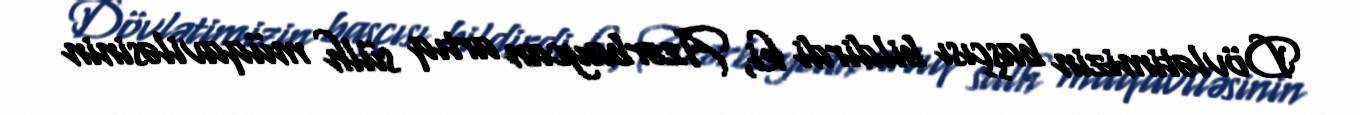
Dövlətimizin başçısı bildirdi ki, Azərbaycan artıq sülh müqaviləsinin